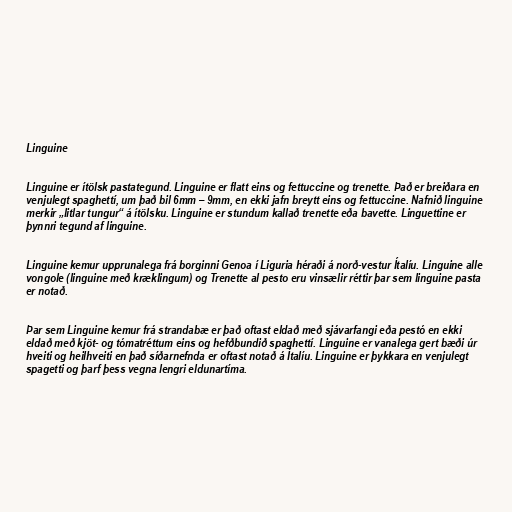
Linguine

Linguine er ítölsk pastategund. Linguine er flatt eins og fettuccine og trenette. Það er breiðara en
venjulegt spaghettí, um það bil 6mm – 9mm, en ekki jafn breytt eins og fettuccine. Nafnið linguine
merkir „litlar tungur“ á ítölsku. Linguine er stundum kallað trenette eða bavette. Linguettine er
þynnri tegund af linguine.

Linguine kemur upprunalega frá borginni Genoa í Liguria héraði á norð-vestur Ítalíu. Linguine alle
vongole (linguine með kræklingum) og Trenette al pesto eru vinsælir réttir þar sem linguine pasta
er notað.

Þar sem Linguine kemur frá strandabæ er það oftast eldað með sjávarfangi eða pestó en ekki
eldað með kjöt- og tómatréttum eins og hefðbundið spaghettí. Linguine er vanalega gert bæði úr
hveiti og heilhveiti en það síðarnefnda er oftast notað á Ítalíu. Linguine er þykkara en venjulegt
spagetti og þarf þess vegna lengri eldunartíma.